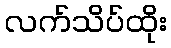
လက်သိပ်ထိုး